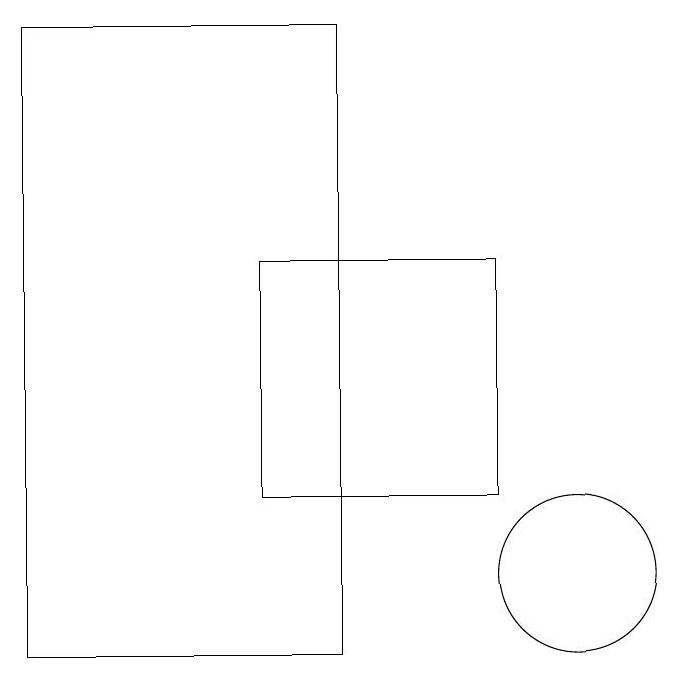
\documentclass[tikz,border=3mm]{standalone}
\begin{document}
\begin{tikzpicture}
\draw (3,18) rectangle (7,10);
\draw (10,11) circle (1);
\draw (6,12) rectangle (9,15);
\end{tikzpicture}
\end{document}